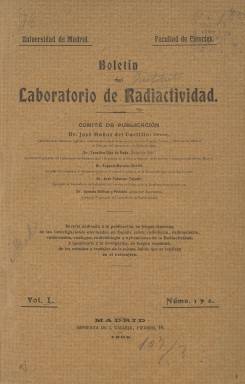
Título: Boletín del Laboratorio de Radiactividad
Otros títulos: Boletín del Laboratorio de Radiactividad de la Facultad de Ciencias de Madrid || Boletín del Instituto de Radiactividad, 1910
Colección: Ciencias
Ámbito geográfico: Madrid
Lugar de publicación: Madrid
Fechas: 01/01/1909-31/12/1910

Revista mensual que comenzó a editar en 1909 el Instituto de Radiactividad, centro creado en 1904 por José Muñoz del Castillo como nuevo departamento adscrito a las cátedras de Mecánica Química y Química Inorgánica de la Facultad de Ciencias de la Universidad Central. El Instituto llegó a ser tan relevante que llegaría a ser laboratorio independiente. Muñoz fue también el director del Boletín, dedicado a difundir los trabajos del laboratorio y a dar a conocer los avances en esta nueva rama científica.

   El descubrimiento de la radioactividad natural era reciente. Fue en 1896 cuando Henri Becquerel halló lo que en un primer momento se llamaron Rayos de Becquerel en su honor. Muy poco tiempo después alcanzarían celebridad por sus investigaciones el matrimonio Pierre y Marie Curie. En el número 2 del boletín puede verse una foto de Becquerel y en el número 4 del matrimonio Curie. En ambos números se hace una reseña biográfica de estos importantes pioneros.

   El Boletín del Laboratorio de Radiactividad está tan pegado a los años del descubrimiento y las primeras investigaciones llevadas a cabo en Francia que buena parte de su texto está redactado en francés. Curiosamente, los trabajos realizados en España son los que se publicaban en francés, mientras que había una sección en español para dar cuenta de las investigaciones realizadas en el extranjero.

   Había también una sección de divulgación y otra de noticias para informar de congresos, personalidades y actividades en todo el mundo sobre la radiactividad, así como a dar cuenta de la bibliografía sobre la materia. En la sección de divulgación pueden leerse temas como el del primer número: ‘Sobre los poderes radiactivo y terapéutico de los manantiales hidro-medicinales’.

  La BNE tiene solo los cuatro primeros números de 1909 de la revista, con entre 26 y 32 páginas. Hubo alguno más, pero el boletín tuvo que interrumpirse pronto debido a la enfermedad de cataratas de Muñoz del Castillo, quien fue intervenido en numerosas ocasiones y era prácticamente el único redactor de la publicación.

   Posteriormente se editó un monográfico de 310 páginas que recogió el curso breve de radioactividad dado por Muñoz en 1908 en la Facultad de Medicina de Madrid. El número se consagró a las lecciones dadas por este pionero español de la radioactividad.

    Muñoz del Castillo hizo numerosas investigaciones en la Sierra de Guadarrama y tuvo una casa en Hoyo de Manzanares, pueblo que pensó era un lugar privilegiado por sus condiciones naturales.

   En el número 3 de la revista Apuntes del Ponderal, editada por una asociación cultural de Hoyo de Manzanares puede leerse en línea un artículo de Hortensia Chamorro Villanueva que lleva por título: ‘José Muñoz del Castillo, pionero de los estudios radiactivos en España y la histórica casa de Tanuchi de Hoyo de Manzanares’.

[Descripción publicada el 16/8/2022]